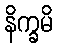
နိက္ခမိ